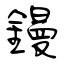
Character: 鏝